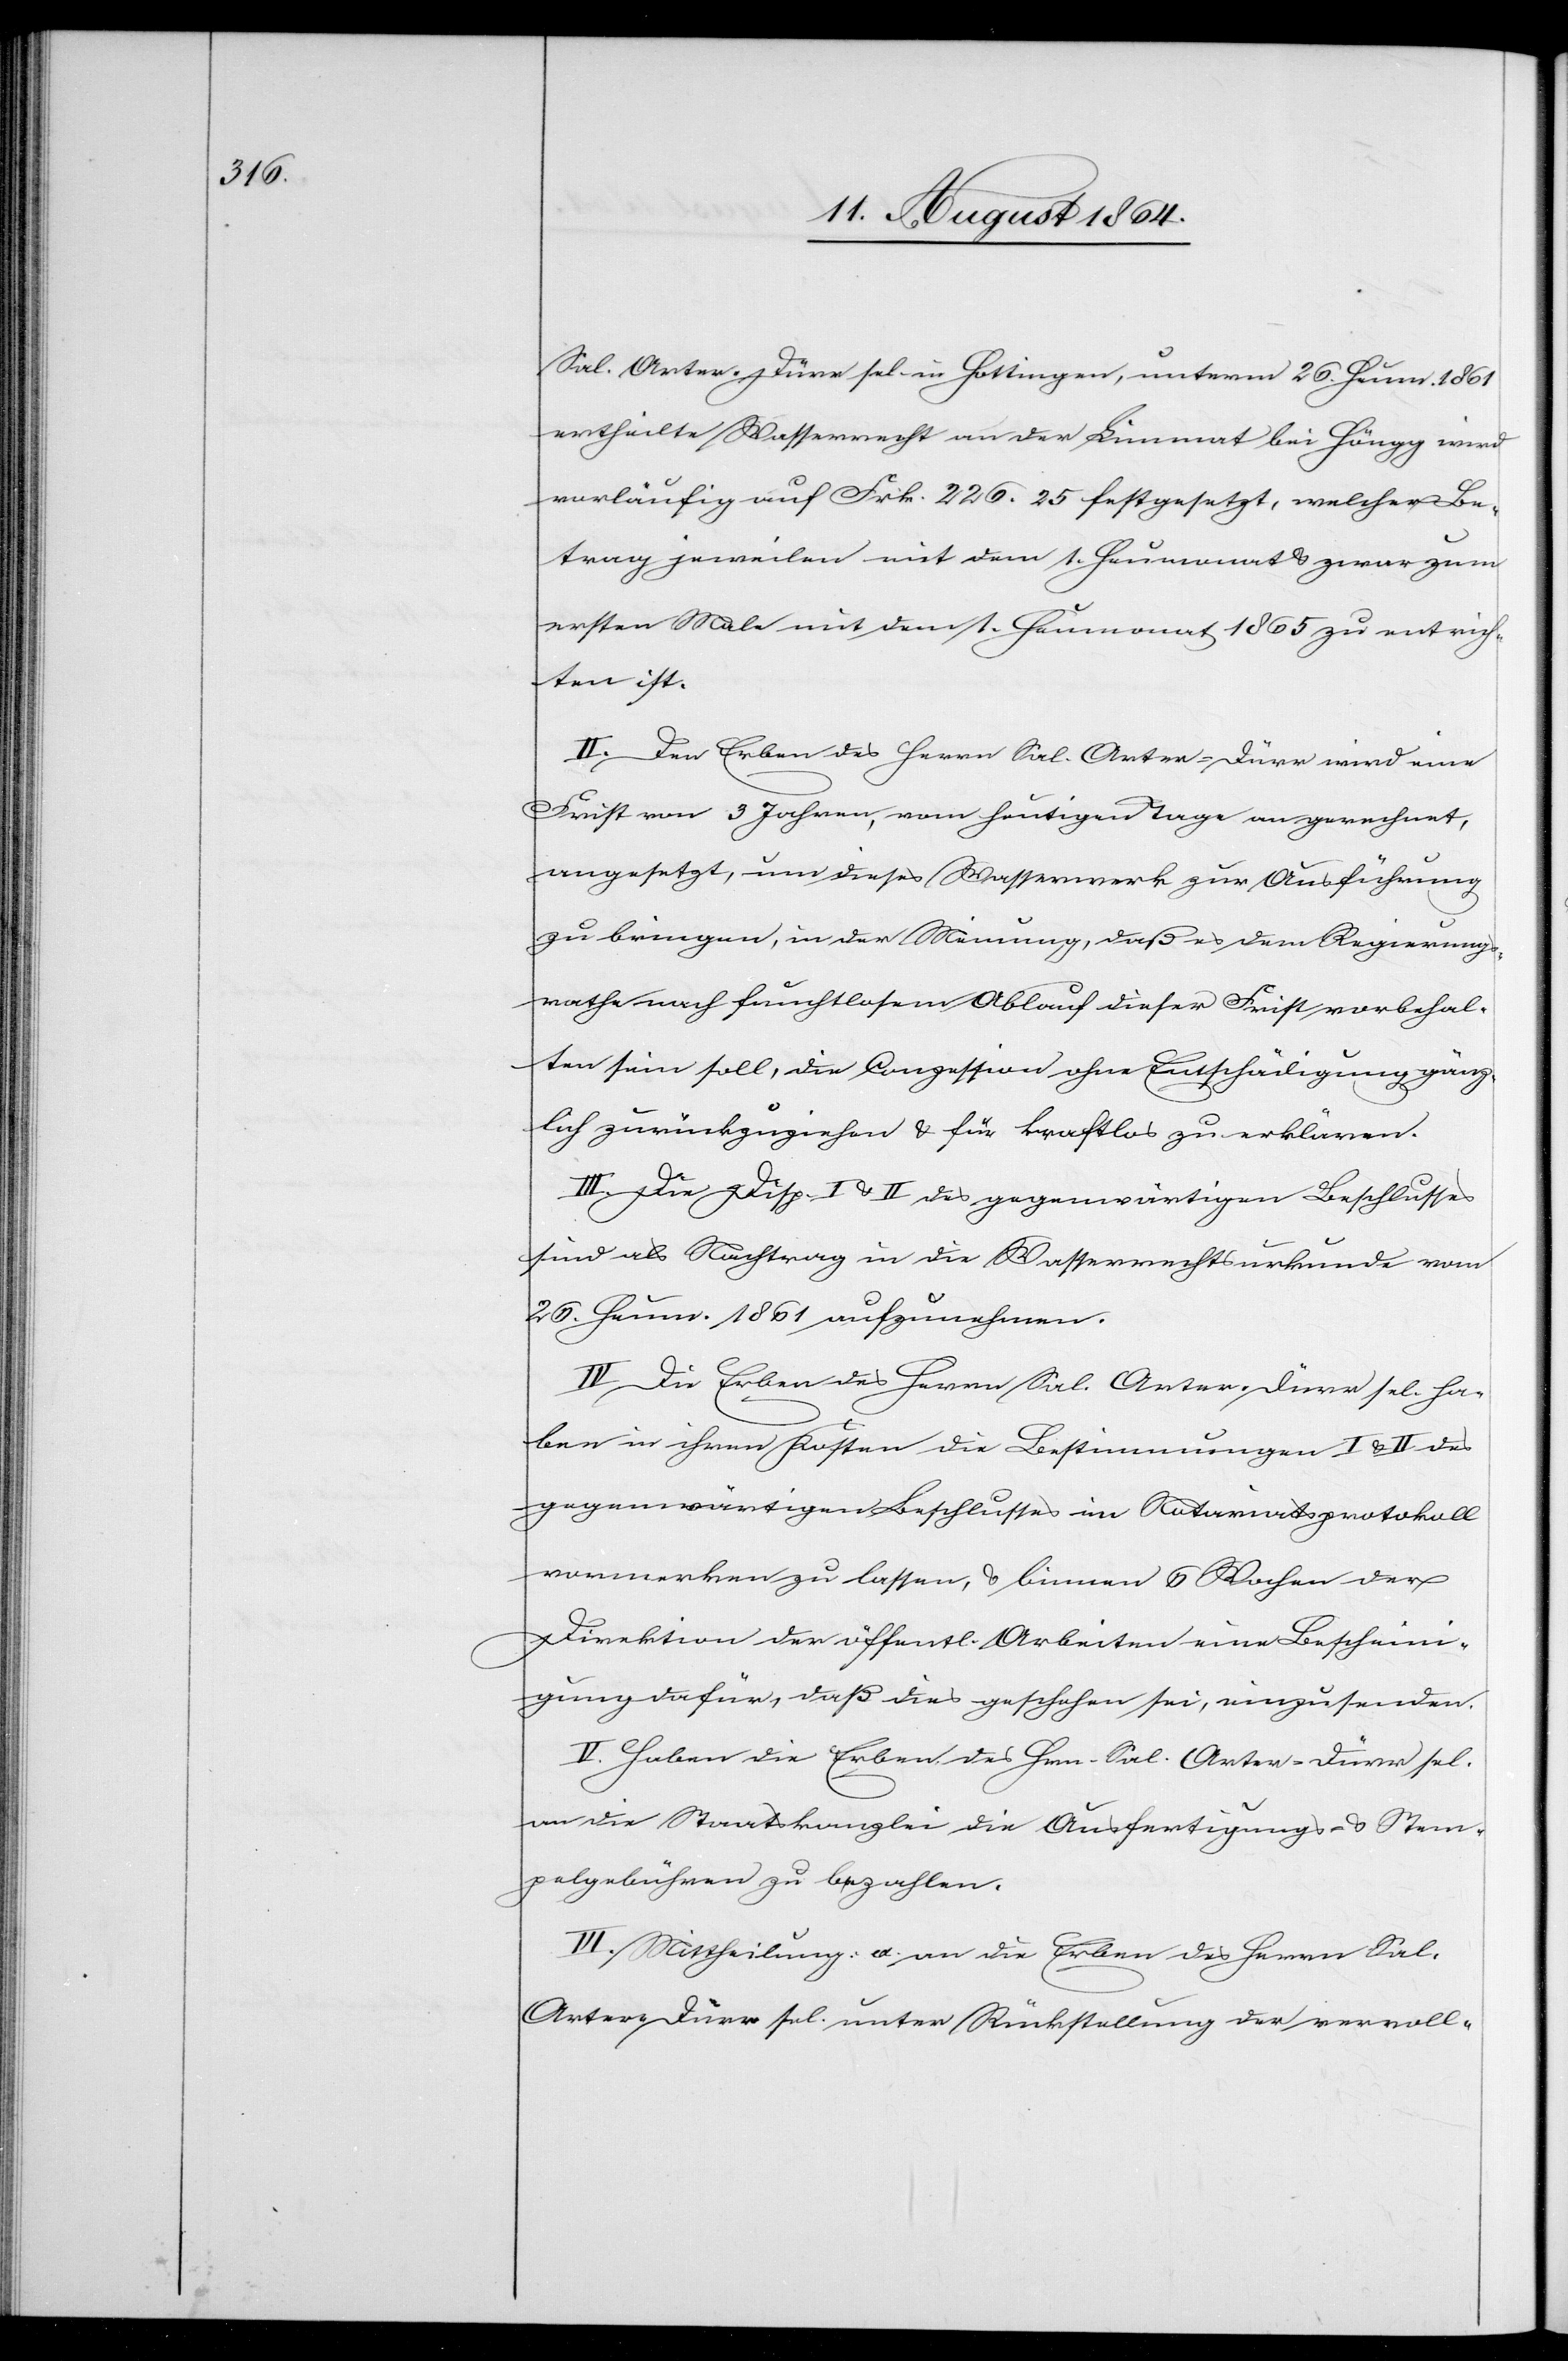
Sal. Arter-Dürr sel. in Hottingen, unterm 26. Heum. 1861
ertheilten Wasserrecht an der Limmat bei Höngg wird
vorläufig auf Frk. 226.25 festgesetzt, welcher Be¬
trag jeweilen mit dem 1. Heumonat & zwar zum
ersten Male mit dem 1. Heumonat 1865 zu entrich¬
ten ist.
II. Den Erben des Herrn Sal Arter-Dürr wird eine
Frist von 3 Jahren, vom heutigen Tage an gerechnet,
angesetzt, um dieses Wasserwerk zur Ausführung
zu bringen, in der Meinung, daß es dem Regierungs¬
rathe nach fruchtlosem Ablauf dieser Frist vorbehal¬
ten sein soll, die Conzession ohne Entschädigung gänz¬
lich zurückzuziehen & für kraftlos zu erklären.
III. Die Disp. I & II des gegenwärtigen Beschlusses
sind als Nachtrag in die Wasserrechtsurkunde vom
26. Heum. 1861 aufzunehmen.
IV. Die Erben des Herrn Sal. Arter-Dürr sel. ha¬
ben in ihren Kosten die Bestimmungen I & II des
gegenwärtigen Beschlusses im Notariatsprotokoll
vormerken zu lassen, & binnen 6 Wochen der
Direktion der öffentl. Arbeiten eine Bescheini¬
gung dafür, daß dies geschehen sei, einzusenden.
V. Haben die Erben des Hrn. Sal. Arter-Dürr sel.
an die Staatskanzlei die Ausfertigungs- & Stem¬
pelgebühren zu bezahlen.
VI. Mittheilung: a. an die Erben des Herrn Sal.
Arter-Dürr sel. unter Rückstellung der vervoll-